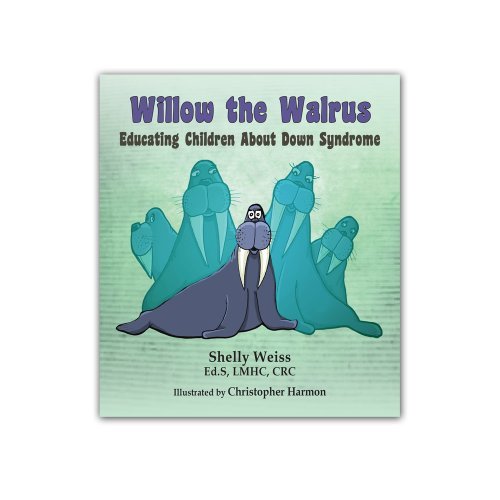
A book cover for By Shelly Weiss Willow the Walrus-Educating Children about Down Syndrome [Paperback]; Health, Fitness & Dieting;